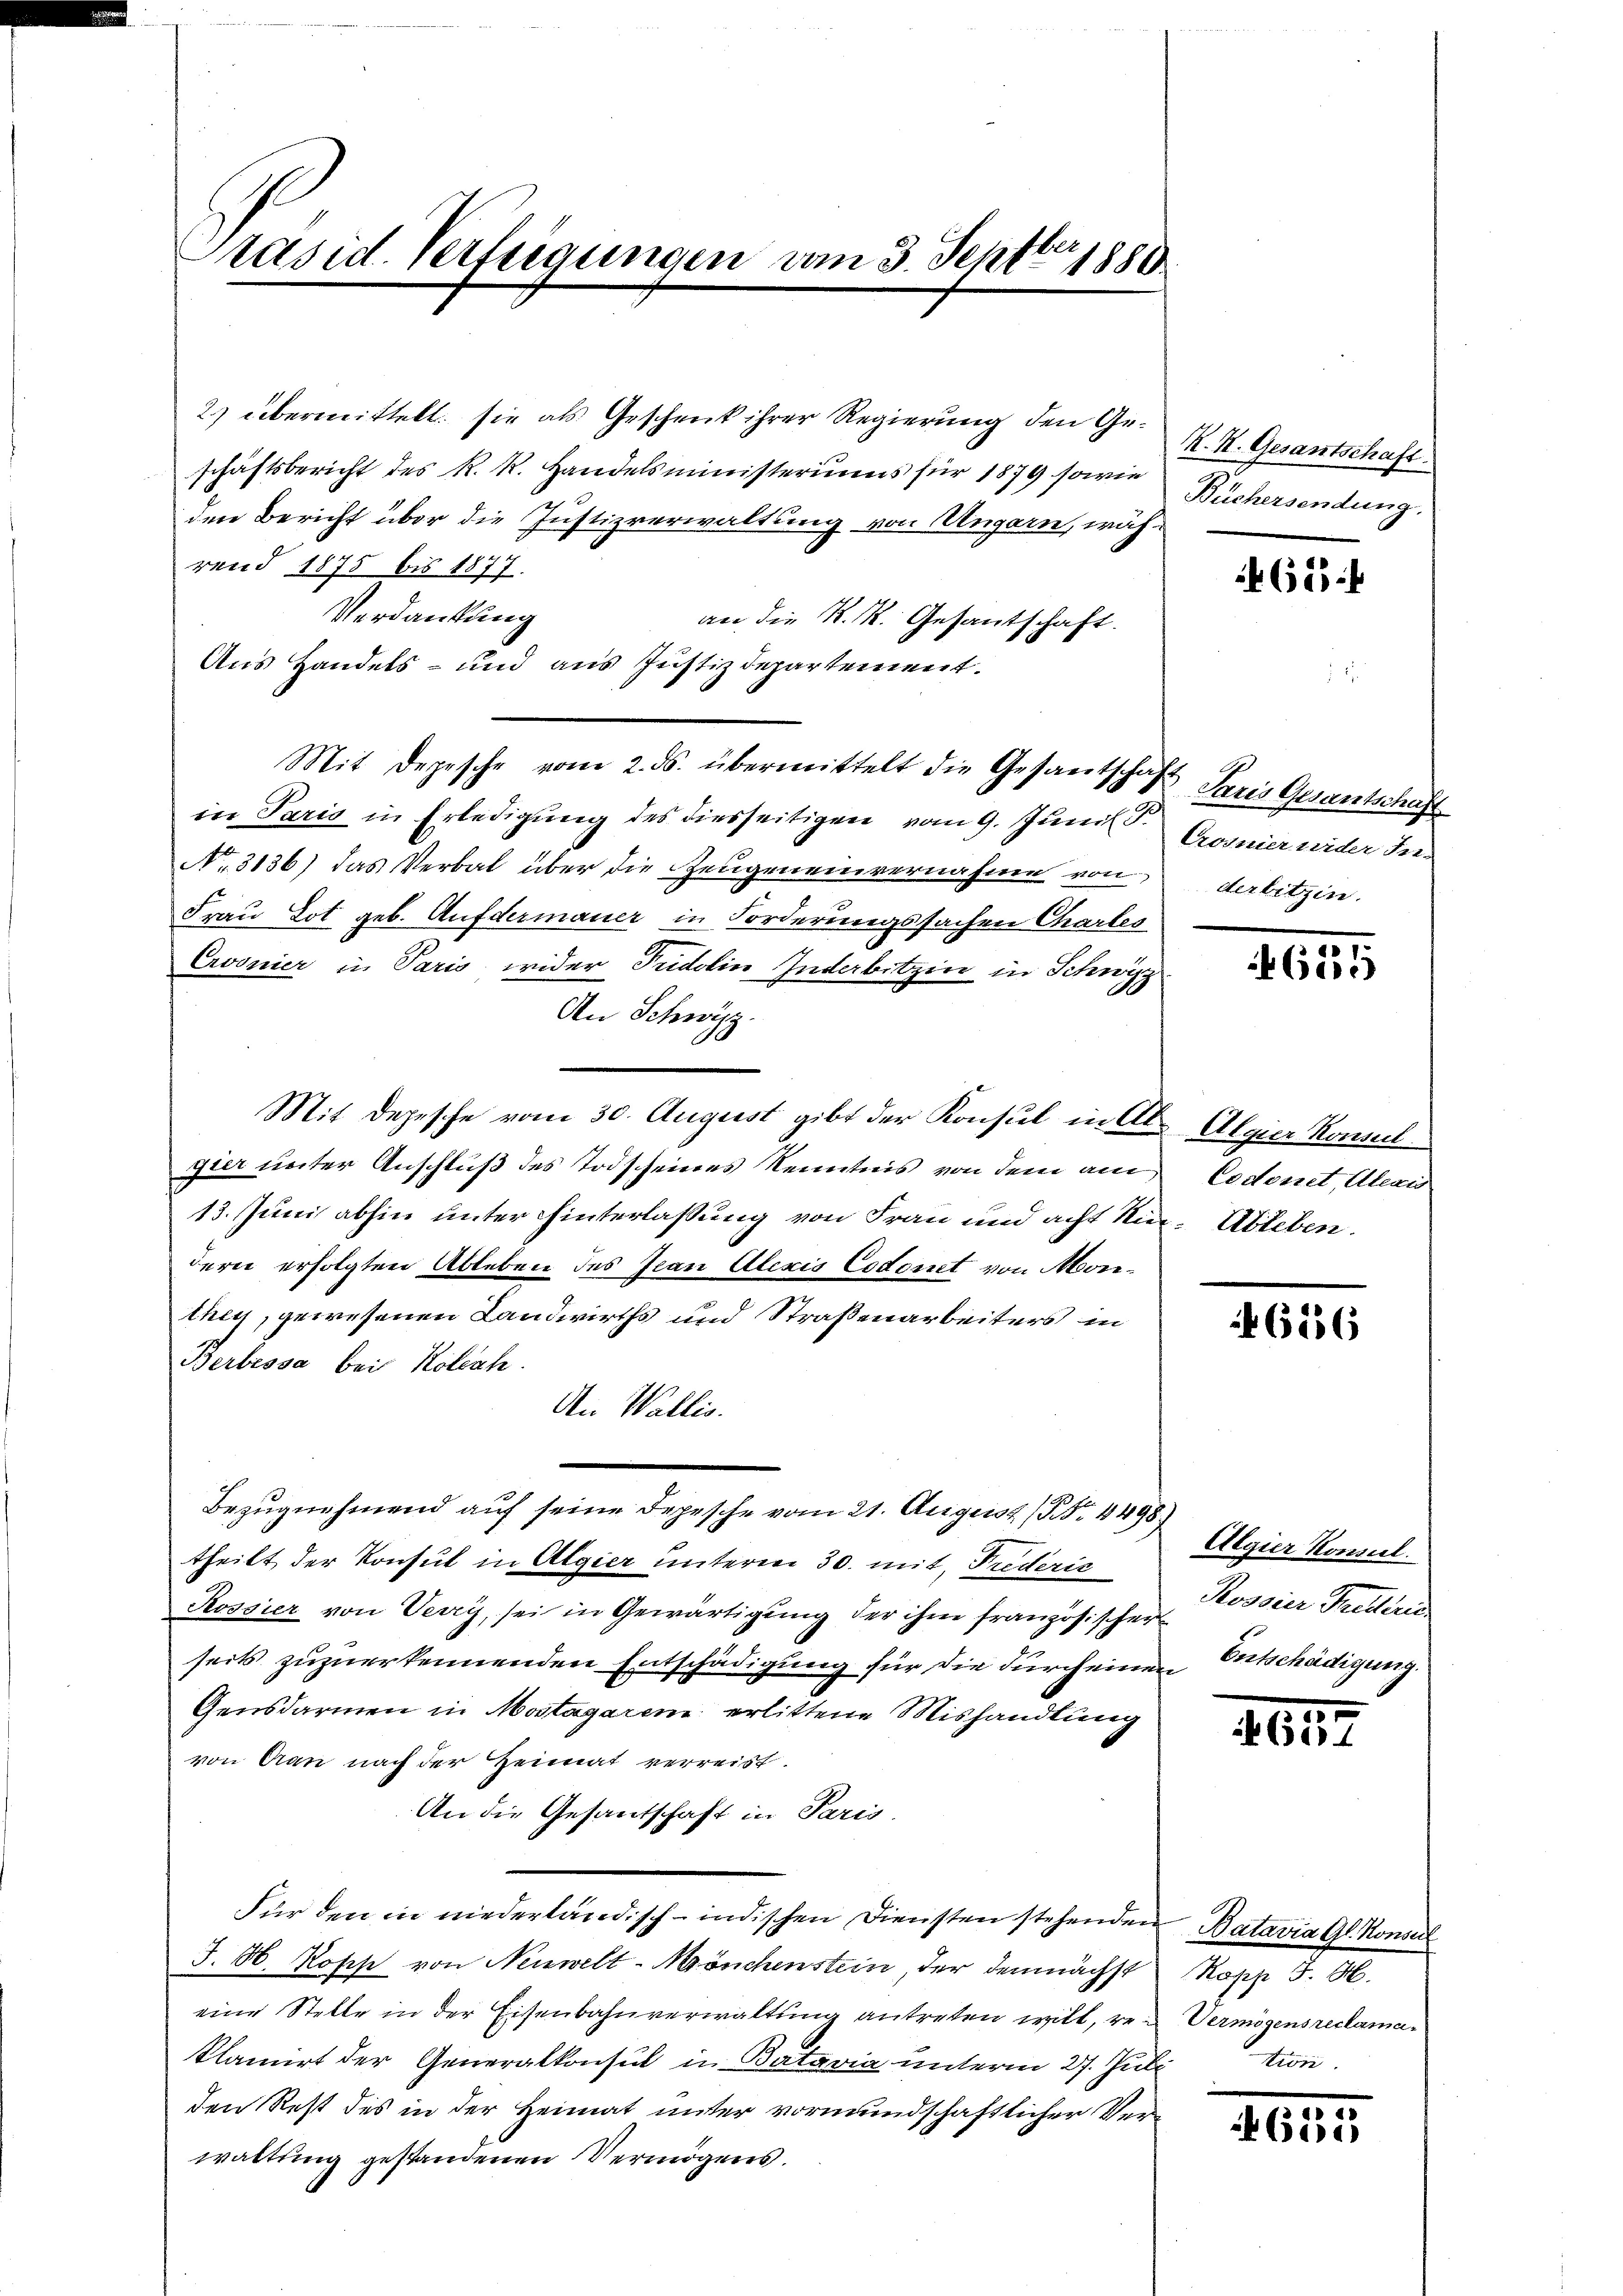
Präsid. Verfügungen vom 3. Septbr 1880

2) übermittelt sie als Geschenk ihrer Regierung den Geschäftsbericht des R. R. Handelsministeriums für 1879 sowie
den Bericht über die Justizverwaltung von Ungarn, während 1875 bis 1877.
Verdankung
an die K. K. Gesantschaft.
Aus Handels- und aus Justizdepartement.
Mit Depesche vom 2. ds. übermittelt die Gesantschaft Paris Gesantschaft
in Paris in Erledigung des diesseitigen vom 9. Juni l. St
No 3136) das Verbal über die Zeugeneinvernahme von derbitzen.
Frau Lot geb. Aufdermauer in Forderungssachen Charles
Ervonier in Paris wider Pudolin Inderbitzin in Schwyz
An Schwyz.
Mit Depesche vom 30. August gibt der Konsul in Ill. Algier Konsul
gier unter Anschluß des Todscheines Kenntnis von dem am Codonet, Alexis
13. Juni abhin unter hinterlassung von Frau und acht in Ableben.
dern erfolgten Ableben des Jean Alexis Codomt von Monthey, gewesenen Landwirths und Straßenarbeiters in
Berbessa bei Kolsah.
An Wallis.
Bezugnehmend auf seine Depesche vom 21. August No. 4498)
theilt der Konsul in Algier unterm 30. mit, Puderie
Rossier von Verry, sei in Gewärtigung der ihm französischer
seits zuzuerkennenden Entschädigung für die durch einen Entschädigung.
Gensdarmen in Mostagarem erlittene Mishandlung
von Gran nach der Heimat verreist.
An die Gesantschaft in Paris
Für den in niederländisch-indischen Diensten stehenden Batavia Gl. Konse
J. H. Kopp von Neuwelt-Mönchenstein, der demnächst
eine Stelle in der Eisenbahnverwaltung antreten will, re Vermögensreclamaklamirt der Generalkonsul in Batavia unterm 27. Juli
den Rest des in der Heimat unter vormundschaftlicher Verwaltung gestandenen Vermögens.

K. H. Gesantschaft
Büchersendung.

465

Crosnier nieder die-

6134

6556

Algier Konsil.
Rossier Treiterie

205.

Kopp J. H.
tion.

652